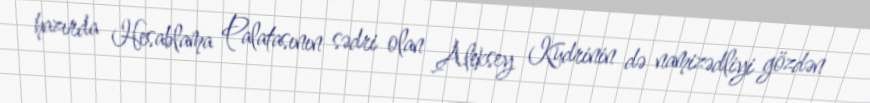
hazırda Hesablama Palatasının sədri olan Aleksey Kudrinin də namizədliyi gözdən